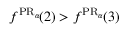
f ^ { \operatorname { P R } _ { \alpha } \! } ( 2 ) > f ^ { \operatorname { P R } _ { \alpha } \! } ( 3 )